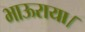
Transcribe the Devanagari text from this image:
भाऊराया।